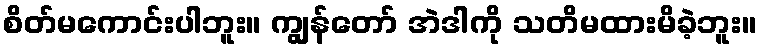
စိတ်မကောင်းပါဘူး။ ကျွန်တော် အဲဒါကို သတိမထားမိခဲ့ဘူး။